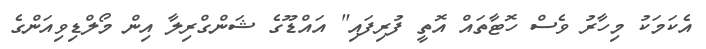
އެކަމަކު މިހާރު ވެސް ހޮޓާތައް އޮތީ ފުރިފައި" އައްޑޫގެ ޝަންގްރިލާ އިން މޯލްޑިވިއަންގެ